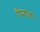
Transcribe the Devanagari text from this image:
पिनाक्